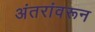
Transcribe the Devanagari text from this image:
अंतरांवरून